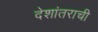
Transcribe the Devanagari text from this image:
देशांतराची